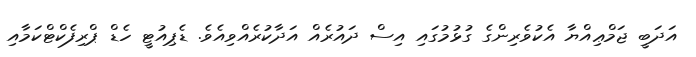
އަދަބީ ޖަމްޢިއްޔާ އެކުވެރިންގެ ގުޅުމުގައި އިސް ދައުރެއް އަދާކުރެއްވިއެވެ. ޑެޕިއުޓީ ހެޑް ޕްރިފެކްޓްކަމާއި